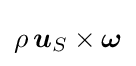
\rho \,{\boldsymbol {u}}_{S}\times {\boldsymbol {\omega }}